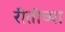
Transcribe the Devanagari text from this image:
रीतीच्या